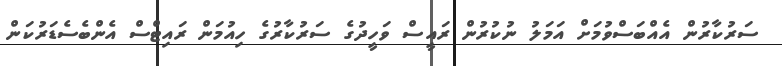
ސަރުކާރުން އެއްބަސްވުމަށް އަމަލު ނުކުރުން ރައީސް ވަހީދުގެ ސަރުކާރުގެ ހިއުމަން ރައިޓްސް އެންބެސެޑަރުކަން